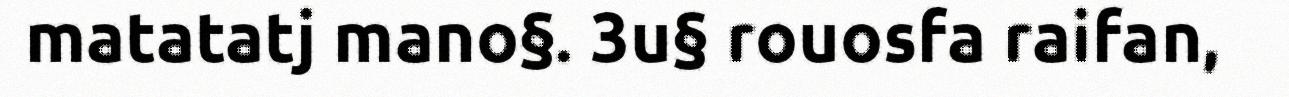
matatatj mano§. 3u§ rouosfa raifan,